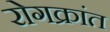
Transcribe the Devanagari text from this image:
रोगक्रांत